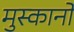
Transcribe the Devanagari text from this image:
मुस्कानों